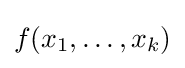
f(x_{1},\dots ,x_{k})